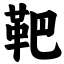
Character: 靶